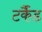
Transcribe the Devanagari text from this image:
टर्कैंड